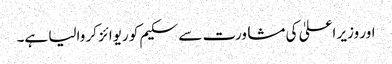
اور وزیر اعلیٰ کی مشاورت سے سکیم کو ریوائز کر والیا ہے۔